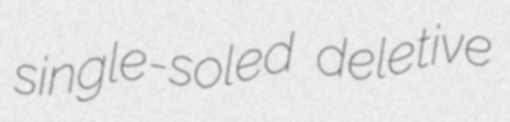
single-soled deletive